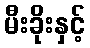
မီးခိုးနှင့်